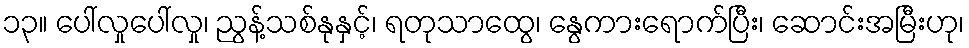
၁၃။ ပေါ်လှုပေါ်လှု၊ ညွန့်သစ်နုနှင့်၊ ရတုသာထွေ၊ နွေကားရောက်ပြီး၊ ဆောင်းအမြီးဟု၊